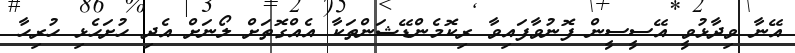
އޭނާ ވިދާޅުވީ އޭސީސީން ފޮނުވާފައިވާ ރިކޮމެންޑޭޝަންތަކާ އެއްގޮތަށް ލޯނަށް އެދި ހުށަހެޅި ހުރިހާ